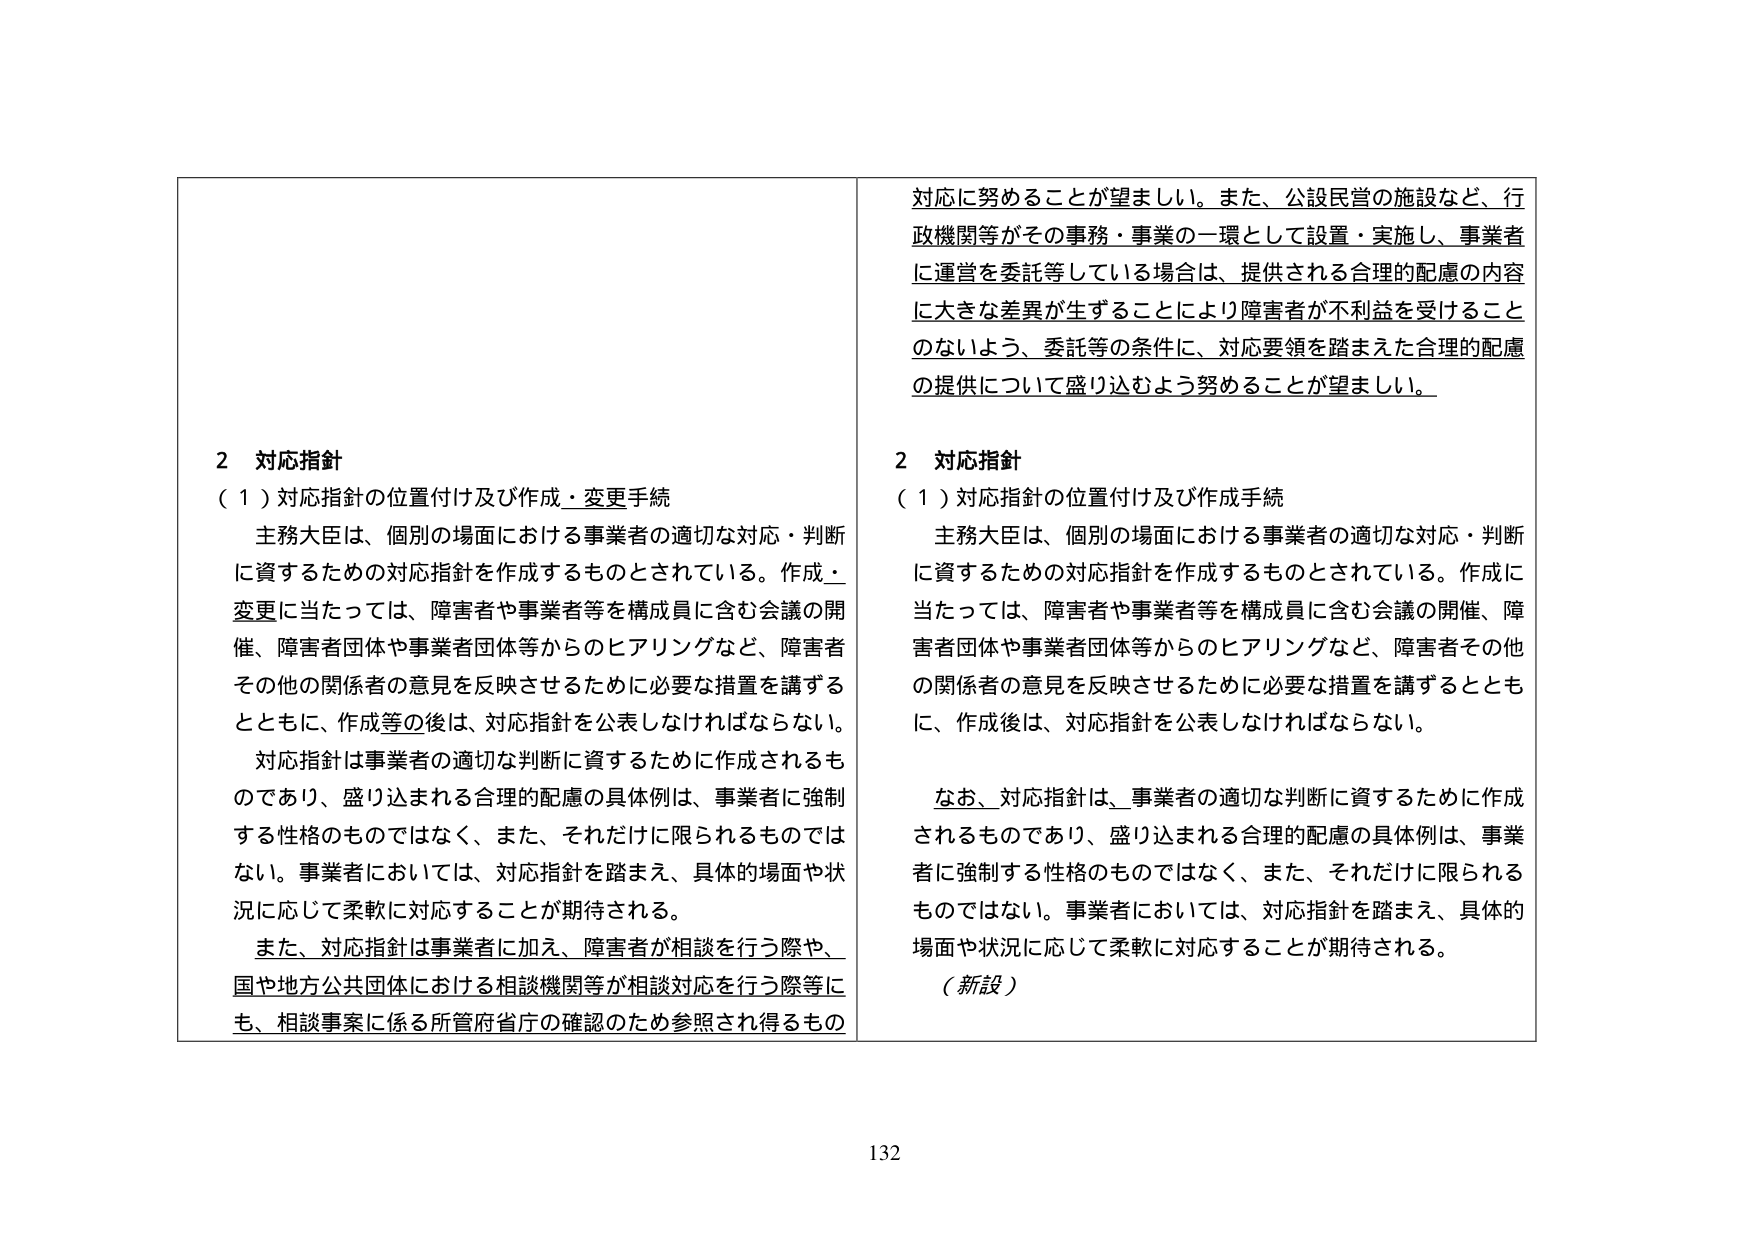
対応に努めることが望ましい。また、公設民営の施設など、行政機関等がその事務・事業の一環として設置・実施し、事業者に運営を委託等している場合は、提供される合理的配慮の内容に大きな差異が生ずることにより障害者が不利益を受けることのないよう、委託等の条件に、対応要領を踏まえた合理的配慮の提供について盛り込むよう努めることが望ましい。

2 対応指針
（1）対応指針の位置付け及び作成手続
主務大臣は、個別の場面における事業者の適切な対応・判断に資するための対応指針を作成するものとされている。作成に当たっては、障害者や事業者等を構成員に含む会議の開催、障害者団体や事業者団体等からのヒアリングなど、障害者その他の関係者の意見を反映させるために必要な措置を講ずるとともに、作成後は、対応指針を公表しなければならない。

なお、対応指針は、事業者の適切な判断に資するために作成されるものであり、盛り込まれる合理的配慮の具体例は、事業者に強制する性格のものではなく、また、それだけに限られるものではない。事業者においては、対応指針を踏まえ、具体的場面や状況に応じて柔軟に対応することが期待される。

（新設）

2 対応指針
（1）対応指針の位置付け及び作成・変更手続
主務大臣は、個別の場面における事業者の適切な対応・判断に資するための対応指針を作成するものとされている。作成・変更に当たっては、障害者や事業者等を構成員に含む会議の開催、障害者団体や事業者団体等からのヒアリングなど、障害者その他の関係者の意見を反映させるために必要な措置を講ずるとともに、作成等の後は、対応指針を公表しなければならない。

対応指針は事業者の適切な判断に資するために作成されるものであり、盛り込まれる合理的配慮の具体例は、事業者に強制する性格のものではなく、また、それだけに限られるものではない。事業者においては、対応指針を踏まえ、具体的場面や状況に応じて柔軟に対応することが期待される。

また、対応指針は事業者に加え、障害者が相談を行う際や、国や地方公共団体における相談機関等が相談対応を行う際等にも、相談事案に係る所管府省庁の確認のため参照され得るもの

132